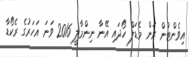
އިވެންޓުން ރަން މެޑަލް ހޯދައި އޭނާ ނިންމާލީ 2016 ވަނަ އަހަރުގެ ރެކޯޑާ